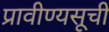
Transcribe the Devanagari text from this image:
प्रावीण्यसूची